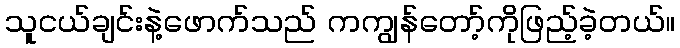
သူငယ်ချင်းနဲ့ဖောက်သည် ကကျွန်တော့်ကိုဖြည့်ခဲ့တယ်။